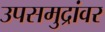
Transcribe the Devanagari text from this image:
उपसमुद्रांवर